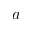
a